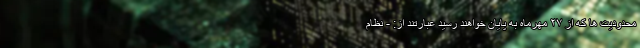
محدودیت ها که از ۲۷ مهرماه به پایان خواهند رسید عبارتند از: - نظام